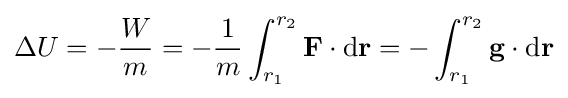
\Delta U=-{\frac {W}{m}}=-{\frac {1}{m}}\int _{r_{1}}^{r_{2}}\mathbf {F} \cdot \mathrm {d} \mathbf {r} =-\int _{r_{1}}^{r_{2}}\mathbf {g} \cdot \mathrm {d} \mathbf {r} \,\!